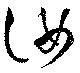
汝